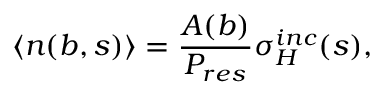
\langle n ( b , s ) \rangle = \frac { A ( b ) } { P _ { r e s } } \sigma _ { H } ^ { i n c } ( s ) ,